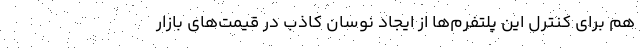
هم برای کنترل این پلتفرم‌ها از ایجاد نوسان کاذب در قیمت‌های بازار